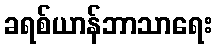
ခရစ်ယာန်ဘာသာရေး